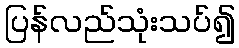
ပြန်လည်သုံးသပ်၍